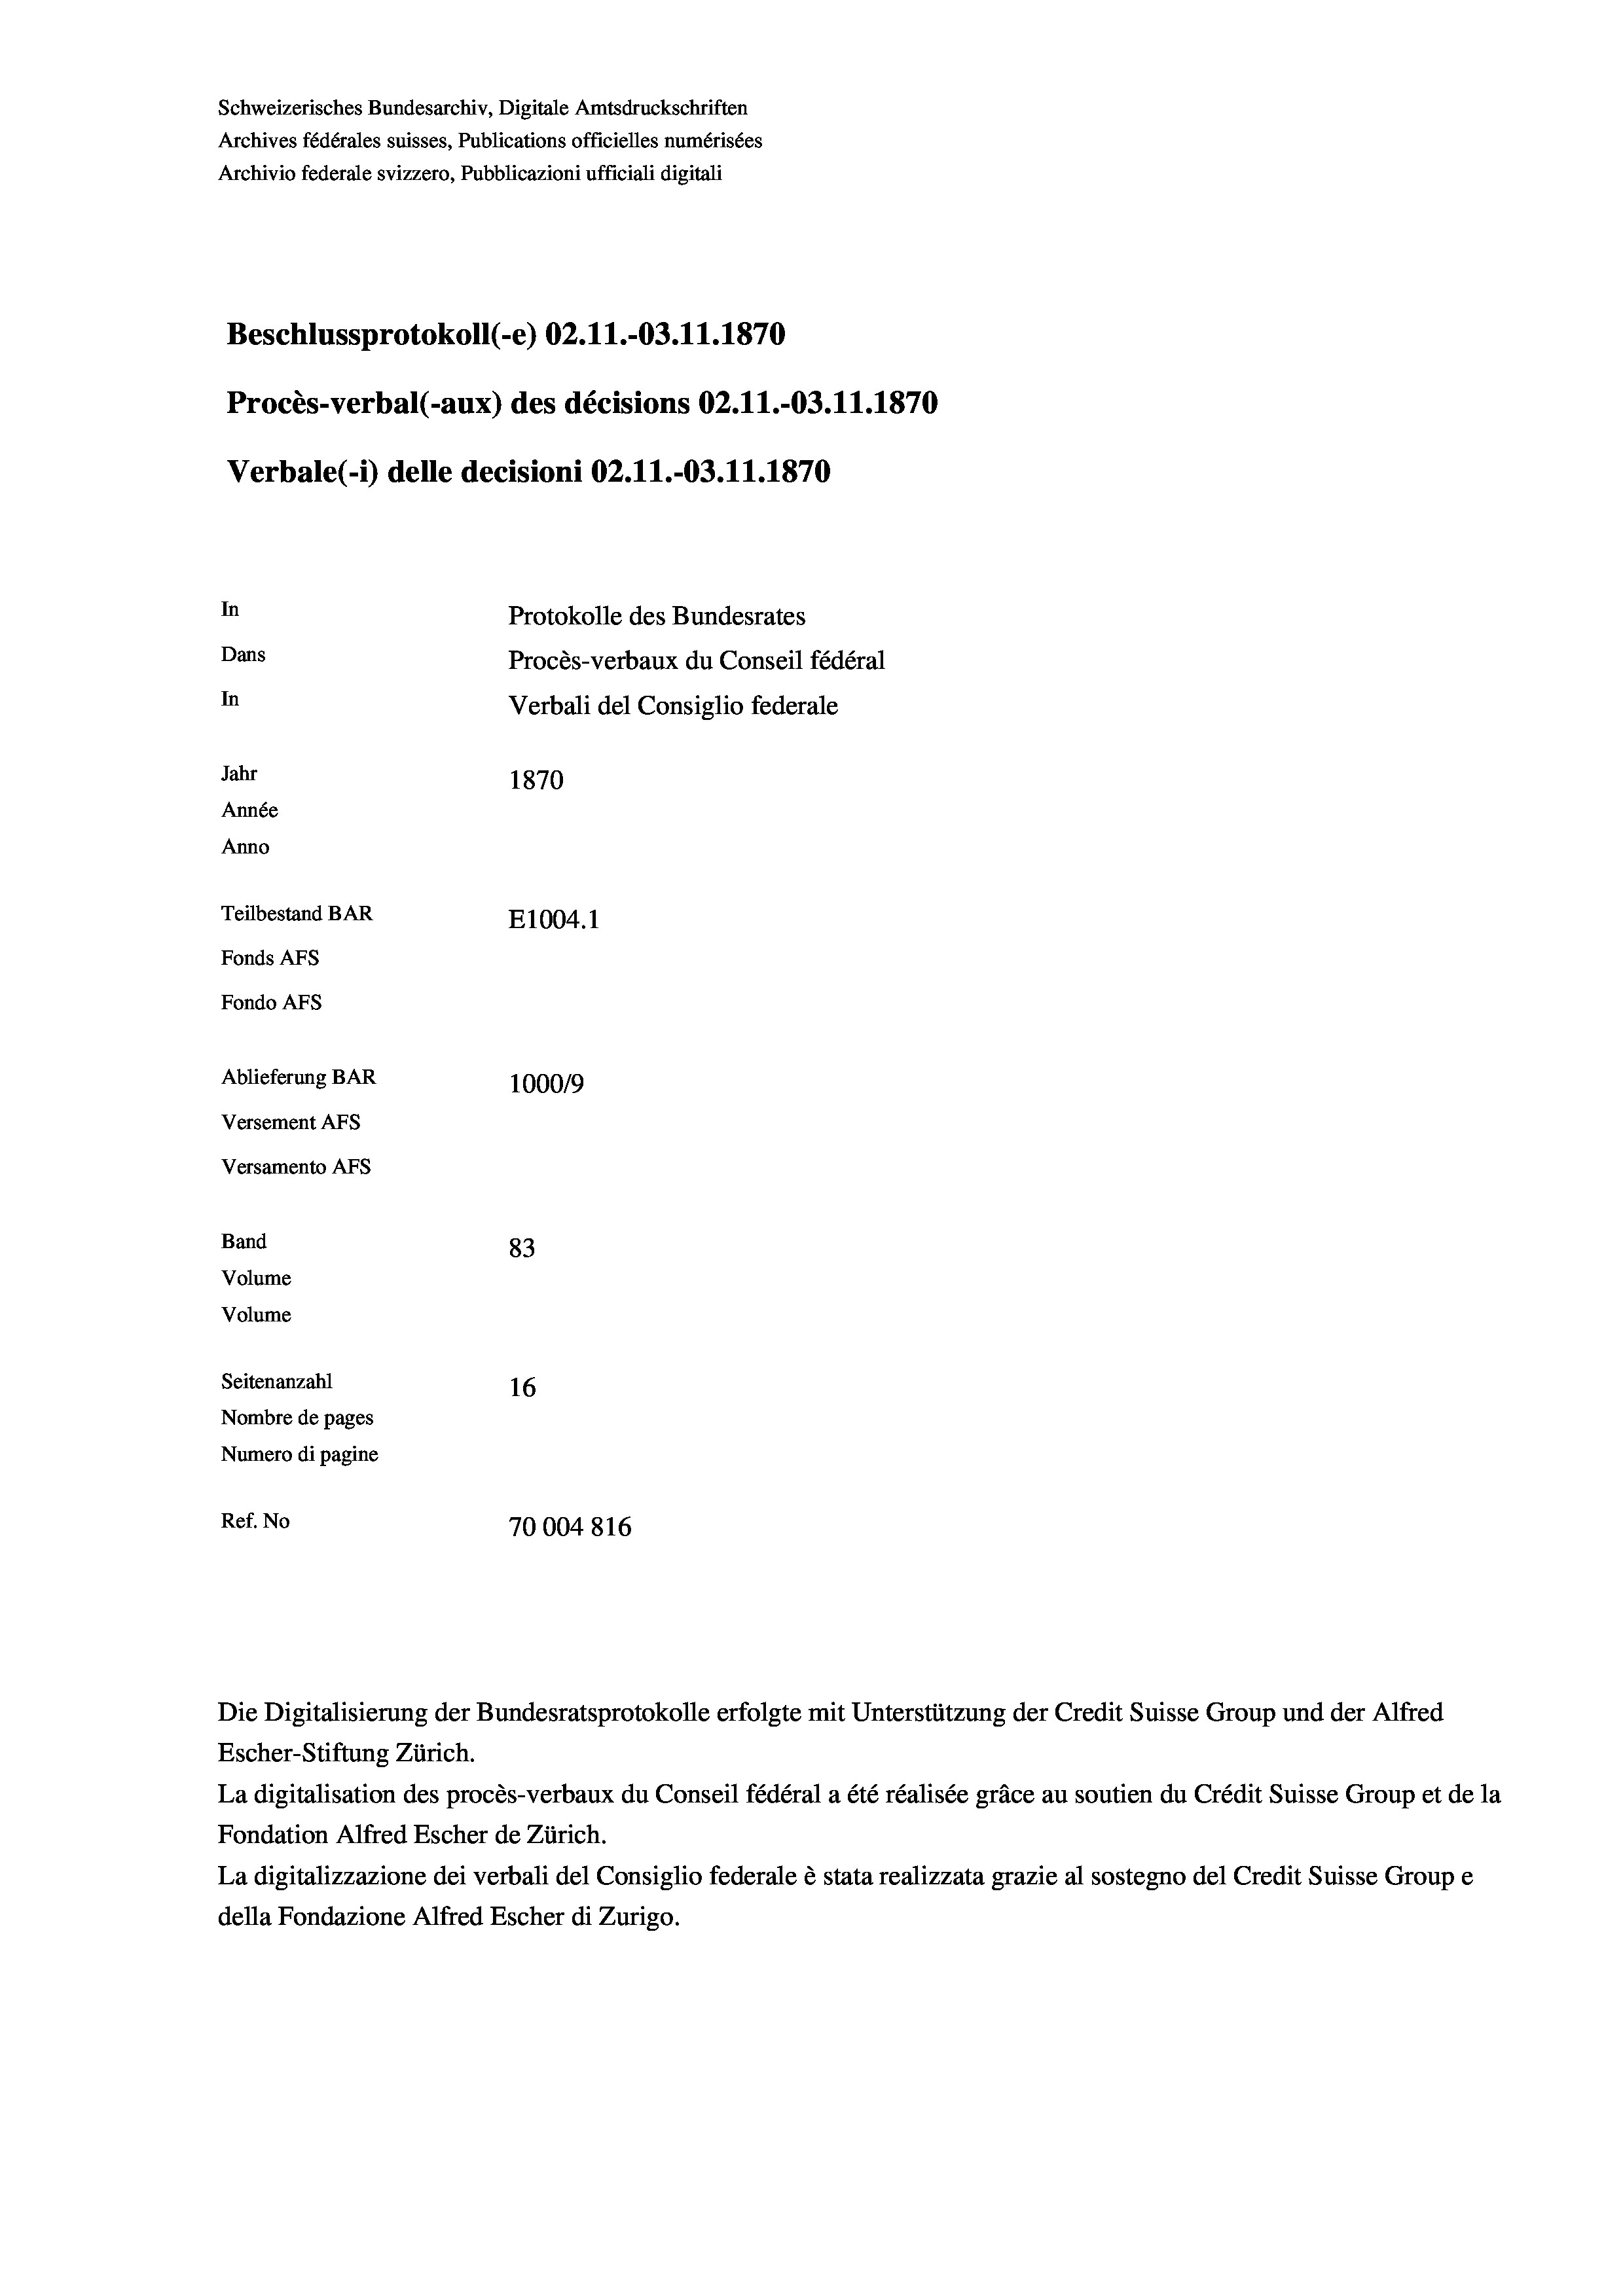
Beschlussprotokoll (-e) 02.11.-03.11.1870
Procès-verbal (-aux) des décisions 02.11.-03.11.1870
In
Protokolle des Bundesrates
Dans
Procès-verbaux du Conseil fédéral
In
Verbali del Consiglio federale
Jahr
1870
Année
Anno
Teilbestand BAR
E1004. 1
Fonds Afs
Fondo AFs

Ablieferung BAR
Versement AFs
Versamento AFs
Band
Volume
Volume
Seitenanzahl

Archivio federale svizzero, Pubblicazioni ufficiali digitali

Verbale(-*) delle decisioni 02.11.-03.11.1870

100019
83
16
Nombre de pages
Numero di pagine
Ref. No
70004816

Schweizerisches Bundesarchiv, Digitale Amtsdruckschriften
Archives fédérales suisses, Publications officielles numérisées

Die Digitalisierung der Bundesratsprotokolle erfolgte mit Unterstützung der Credit Suisse Group und der Alfred
Escher-Stiftung Zürich.
La digitalisation des procès-verbaux du Conseil fédéral a été réalisée gräce au soutien du Crédit Suisse Group et de la
Fondation Alfred Escher de Zürich.
La digitalizzazione dei verbali del Consiglio federale è stata realizzata grazie al sostegno del Credit Suisse Groupe
della Fondazione Alfred Escher di Zurigo.